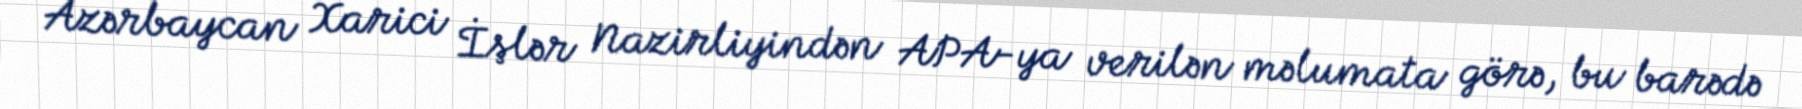
Azərbaycan Xarici İşlər Nazirliyindən APA-ya verilən məlumata görə, bu barədə